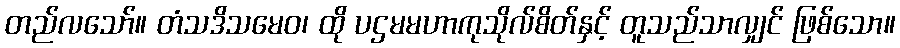
တည်လသော်။ တံသဒိသမေဝ၊ ထို ပဌမမဟာကုသိုလ်စိတ်နှင့် တူသည်သာလျှင် ဖြစ်သော။